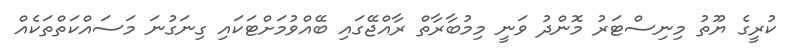
ކުރީގެ ޔޫތު މިނިސްޓަރު މޮންދު ވަނީ މިމުބާރާތް ރާއްޖޭގައި ބޭއްވުމަށްޓަކައި ގިނަގުނަ މަސައްކަތްތަކެއް